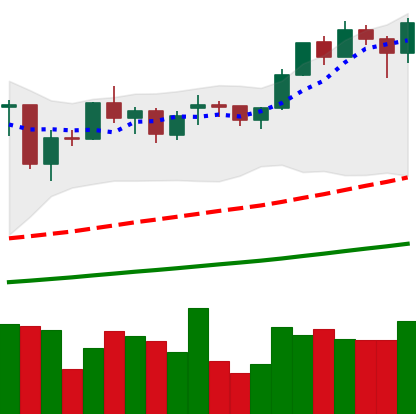
Ticker: ETH-USD
Chart end date: 2021-02-08
Forward return: 3.864%
Label: up_3_5